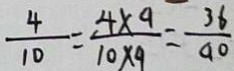
\frac { 4 } { 1 0 } = \frac { 4 x ^ { 9 } } { 1 0 \times 9 } = \frac { 3 6 } { 9 0 }